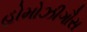
હોમોઝીગૌસ